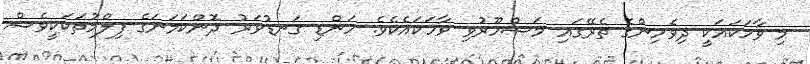
މި ވާހަކައަކީ ދިވެހިންގެެ ތެރޭގައި މަޝްހޫރުވި ވާހަކައެކެވެ. ހަންޑި ގަނޑުވަރު ދޮންކަމަނަގެ ފިލްމުތަކަކީވެސް